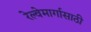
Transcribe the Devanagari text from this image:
रेल्वेमार्गासाठी